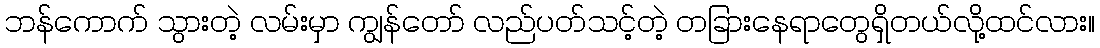
ဘန်ကောက် သွားတဲ့ လမ်းမှာ ကျွန်တော် လည်ပတ်သင့်တဲ့ တခြားနေရာတွေရှိတယ်လို့ထင်လား။